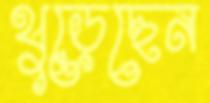
থুব্‌ড়েছেন